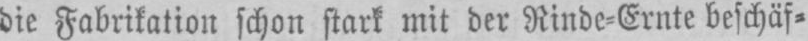
die Fabrikation schon stark mit der Rinde⸗Ernte beschäf⸗